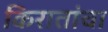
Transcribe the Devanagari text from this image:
किरातांचा